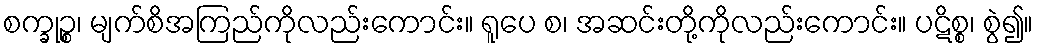
စက္ခုဉ္စ၊ မျက်စိအကြည်ကိုလည်းကောင်း။ ရူပေ စ၊ အဆင်းတို့ကိုလည်းကောင်း။ ပဋိစ္စ၊ စွဲ၍။